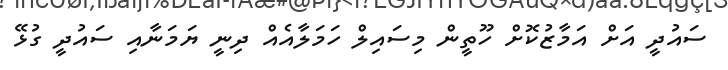
ސައުދީ އަށް އަމާޒުކޮށް ހޫތީން މިސައިލް ހަމަލާއެއް ދިނީ ޔަމަނާއި ސައުދީ ގުޅޭ